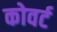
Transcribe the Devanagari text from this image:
कोवर्ट